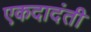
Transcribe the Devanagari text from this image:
एकदादंती